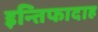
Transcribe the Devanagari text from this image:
इन्तिफादाह